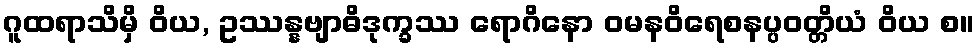
ဂူထရာသိမှိ ဝိယ, ဥဿန္နဗျာဓိဒုက္ခဿ ရောဂိနော ဝမနဝိရေစနပ္ပဝတ္တိယံ ဝိယ စ။